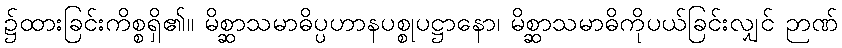
၌ထားခြင်းကိစ္စရှိ၏။ မိစ္ဆာသမာဓိပ္ပဟာနပစ္စုပဋ္ဌာနော၊ မိစ္ဆာသမာဓိကိုပယ်ခြင်းလျှင် ဉာဏ်